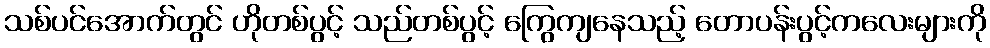
သစ်ပင်အောက်တွင် ဟိုတစ်ပွင့် သည်တစ်ပွင့် ကြွေကျနေသည့် တောပန်းပွင့်ကလေးများကို